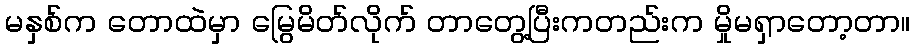
မနှစ်က တောထဲမှာ မြွေမိတ်လိုက် တာတွေ့ပြီးကတည်းက မှိုမရှာတော့တာ။